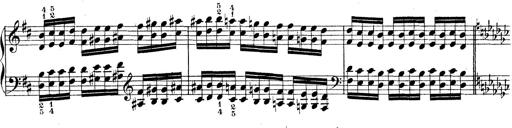
Title: Technische Studien
Composer: Franz Liszt